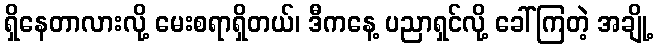
ရှိနေတာလားလို့ မေးစရာရှိတယ်၊ ဒီကနေ့ ပညာရှင်လို့ ခေါ်ကြတဲ့ အချို့